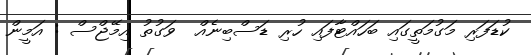
ކުޑަފަރި މަގުމަތީގައި ބަހައްޓާފައި ހުރި ޑަސްބިނެއް  ވަގުތު އިމޭޖްސް : އަމީން